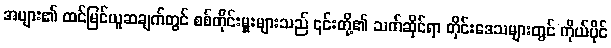
အများ၏ ထင်မြင်ယူဆချက်တွင် စစ်တိုင်းမှူးများသည် ၎င်းတို့၏ သက်ဆိုင်ရာ တိုင်းဒေသများတွင် ကိုယ်ပိုင်